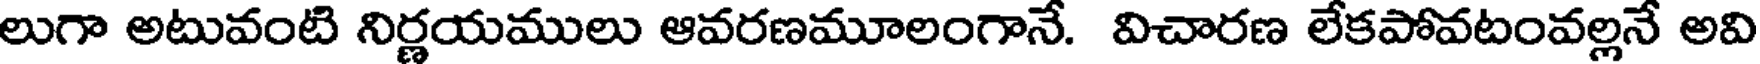
లుగా అటువంటి నిర్ణయములు ఆవరణమూలంగానే. విచారణ లేకపోవటంవల్లనే అవి